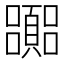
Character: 嚻